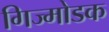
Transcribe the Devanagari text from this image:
गिज्मोडक